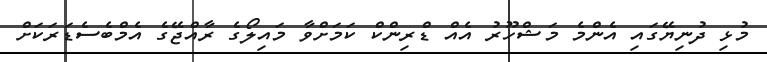
މުޅި ދުނިޔޭގައި އެންމެ މަޝްހޫރު އެއް ޑްރިންކް ކަމަށްވާ މައިލޯގެ ރާއްޖޭގެ އެމްބެސެޑަރަކަށް